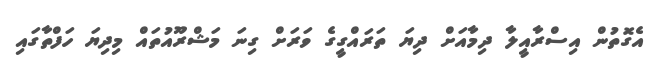
އެގޮތުން އިސްރާއީލާ ދިމާއަށް ދިޔަ ތަރައްގީގެ ވަރަށް ގިނަ މަޝްރޫއުތައް މިދިޔަ ހަފްތާގައި